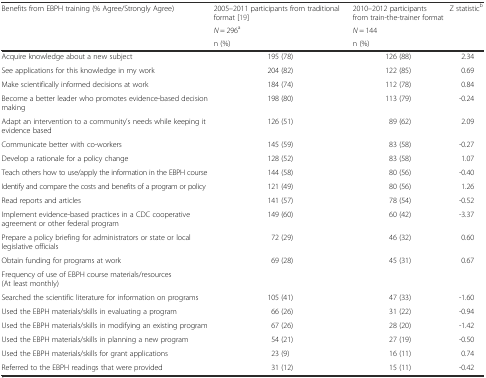
<table><thead><tr><td rowspan="3"><b>Benefits from EBPH training (% Agree/Strongly Agree)</b></td><td><b>2005–2011 participants from traditional format [19]</b></td><td><b>2010–2012 participants from train-the-trainer format</b></td><td rowspan="3"><b>Z statistic<sup>b</sup></b></td></tr><tr><td><b><i>N</i> = 296<sup>a</sup></b></td><td><b><i>N</i> = 144</b></td></tr><tr><td><b>n (%)</b></td><td><b>n (%)</b></td></tr></thead><tbody><tr><td>Acquire knowledge about a new subject</td><td>195 (78)</td><td>126 (88)</td><td>2.34</td></tr><tr><td>See applications for this knowledge in my work</td><td>204 (82)</td><td>122 (85)</td><td>0.69</td></tr><tr><td>Make scientifically informed decisions at work</td><td>184 (74)</td><td>112 (78)</td><td>0.84</td></tr><tr><td>Become a better leader who promotes evidence-based decision making</td><td>198 (80)</td><td>113 (79)</td><td>-0.24</td></tr><tr><td>Adapt an intervention to a community’s needs while keeping it evidence based</td><td>126 (51)</td><td>89 (62)</td><td>2.09</td></tr><tr><td>Communicate better with co-workers</td><td>145 (59)</td><td>83 (58)</td><td>-0.27</td></tr><tr><td>Develop a rationale for a policy change</td><td>128 (52)</td><td>83 (58)</td><td>1.07</td></tr><tr><td>Teach others how to use/apply the information in the EBPH course</td><td>144 (58)</td><td>80 (56)</td><td>-0.40</td></tr><tr><td>Identify and compare the costs and benefits of a program or policy</td><td>121 (49)</td><td>80 (56)</td><td>1.26</td></tr><tr><td>Read reports and articles</td><td>141 (57)</td><td>78 (54)</td><td>-0.52</td></tr><tr><td>Implement evidence-based practices in a CDC cooperative agreement or other federal program</td><td>149 (60)</td><td>60 (42)</td><td>-3.37</td></tr><tr><td>Prepare a policy briefing for administrators or state or local legislative officials</td><td>72 (29)</td><td>46 (32)</td><td>0.60</td></tr><tr><td>Obtain funding for programs at work</td><td>69 (28)</td><td>45 (31)</td><td>0.67</td></tr><tr><td>Frequency of use of EBPH course materials/resources (At least monthly)</td><td></td><td></td><td></td></tr><tr><td>Searched the scientific literature for information on programs</td><td>105 (41)</td><td>47 (33)</td><td>-1.60</td></tr><tr><td>Used the EBPH materials/skills in evaluating a program</td><td>66 (26)</td><td>31 (22)</td><td>-0.94</td></tr><tr><td>Used the EBPH materials/skills in modifying an existing program</td><td>67 (26)</td><td>28 (20)</td><td>-1.42</td></tr><tr><td>Used the EBPH materials/skills in planning a new program</td><td>54 (21)</td><td>27 (19)</td><td>-0.50</td></tr><tr><td>Used the EBPH materials/skills for grant applications</td><td>23 (9)</td><td>16 (11)</td><td>0.74</td></tr><tr><td>Referred to the EBPH readings that were provided</td><td>31 (12)</td><td>15 (11)</td><td>-0.42</td></tr></tbody></table>